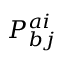
P _ { b j } ^ { a i }